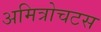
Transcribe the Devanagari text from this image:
अमित्रोचटस